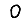
Digit: 0